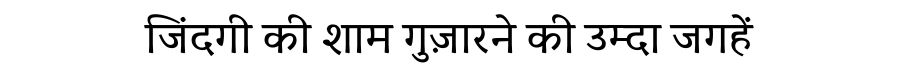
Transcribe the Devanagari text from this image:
जिंदगी की शाम गुज़ारने की उम्दा जगहें